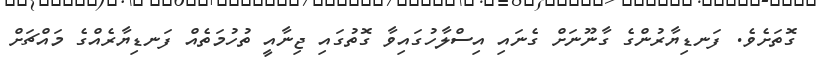
ގޮތަށެވެ. ފަނޑިޔާރުންގެ ގާނޫނަށް ގެނައި އިސްލާހުގައިވާ ގޮތުގައި ޖިނާއީ ތުހުމަތެއް ފަނޑިޔާރެއްގެ މައްޗަށް